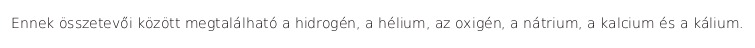
Ennek összetevői között megtalálható a hidrogén, a hélium, az oxigén, a nátrium, a kalcium és a kálium.